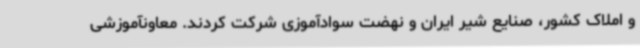
و املاک کشور، صنایع شیر ایران و نهضت سوادآموزی شرکت کردند. معاونآموزشی